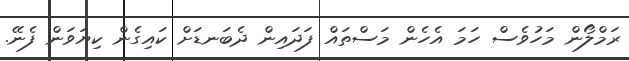
ރަމްލޯން މަހުވެސް ހަމަ އެހެން މަސްތައް ފަދައިން ދެބަނޑަށް ކައިގެން ކިޔަވަން ފެނޭ.